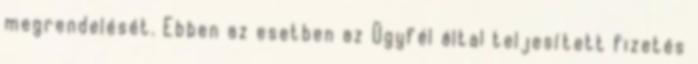
megrendelését. Ebben az esetben az Ügyfél által teljesített fizetés